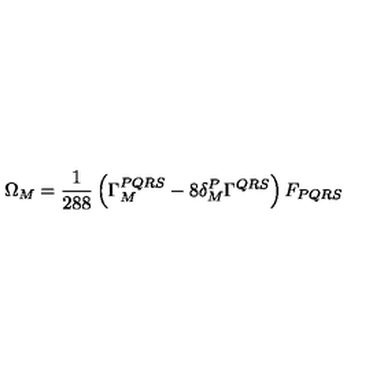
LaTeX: \Omega _ { M } = { \frac { 1 } { 2 8 8 } } \left( \Gamma _ { M } ^ { P Q R S } - 8 \delta _ { M } ^ { P } \Gamma ^ { Q R S } \right) F _ { P Q R S }